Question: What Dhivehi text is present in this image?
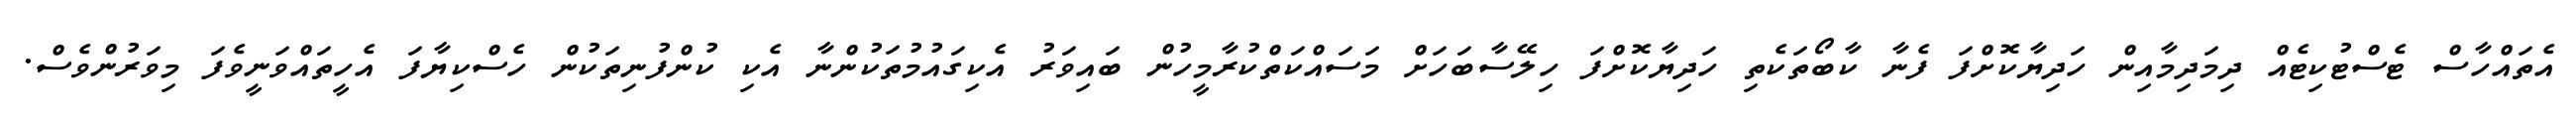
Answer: އެތައްހާސް ޓެސްޓުކިޓެއް ދިމަދިމާއިން ހަދިޔާކޮށްފަ ފެނާ ކާބޯތަކެތި ހަދިޔާކޮށްފަ ހިލޭސާބަހަށް މަސައްކަތްކުރާމީހުން ބައިވަރު އެކިގައުމުތަކުންނާ އެކި ކުންފުނިތަކުން ހެސްކިޔާފަ އެހީތައްވަނީވެފަ މިވަރުންވެސް.